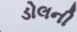
ડોલની